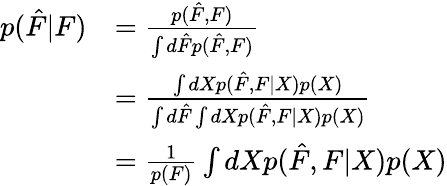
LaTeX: \begin{array}{rl}{p(\hat{F}|F)}&{=\frac{p(\hat{F},F)}{\int d\hat{F}p(\hat{F},F)}}\\ &{=\frac{\int dXp(\hat{F},F|X)p(X)}{\int d\hat{F}\int dXp(\hat{F},F|X)p(X)}}\\ &{=\frac{1}{p(F)}\int dXp(\hat{F},F|X)p(X)}\end{array}